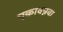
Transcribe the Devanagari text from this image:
एकावन्नवा